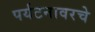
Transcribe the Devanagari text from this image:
पर्यटनावरचे